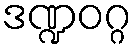
ဒဏ္ဍဝဂ္ဂ